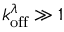
k _ { \mathrm { o f f } } ^ { \lambda } \gg 1